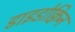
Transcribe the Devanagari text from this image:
डाइडोक्विन